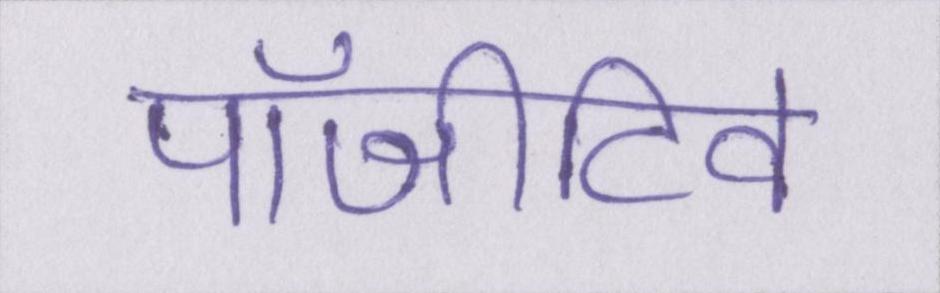
पॉजीटिव